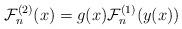
LaTeX: \begin{align*}{\cal F}_n^{(2)} (x)= g(x){\cal F}_n^{(1)} (y(x))\end{align*}